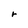
Character: r